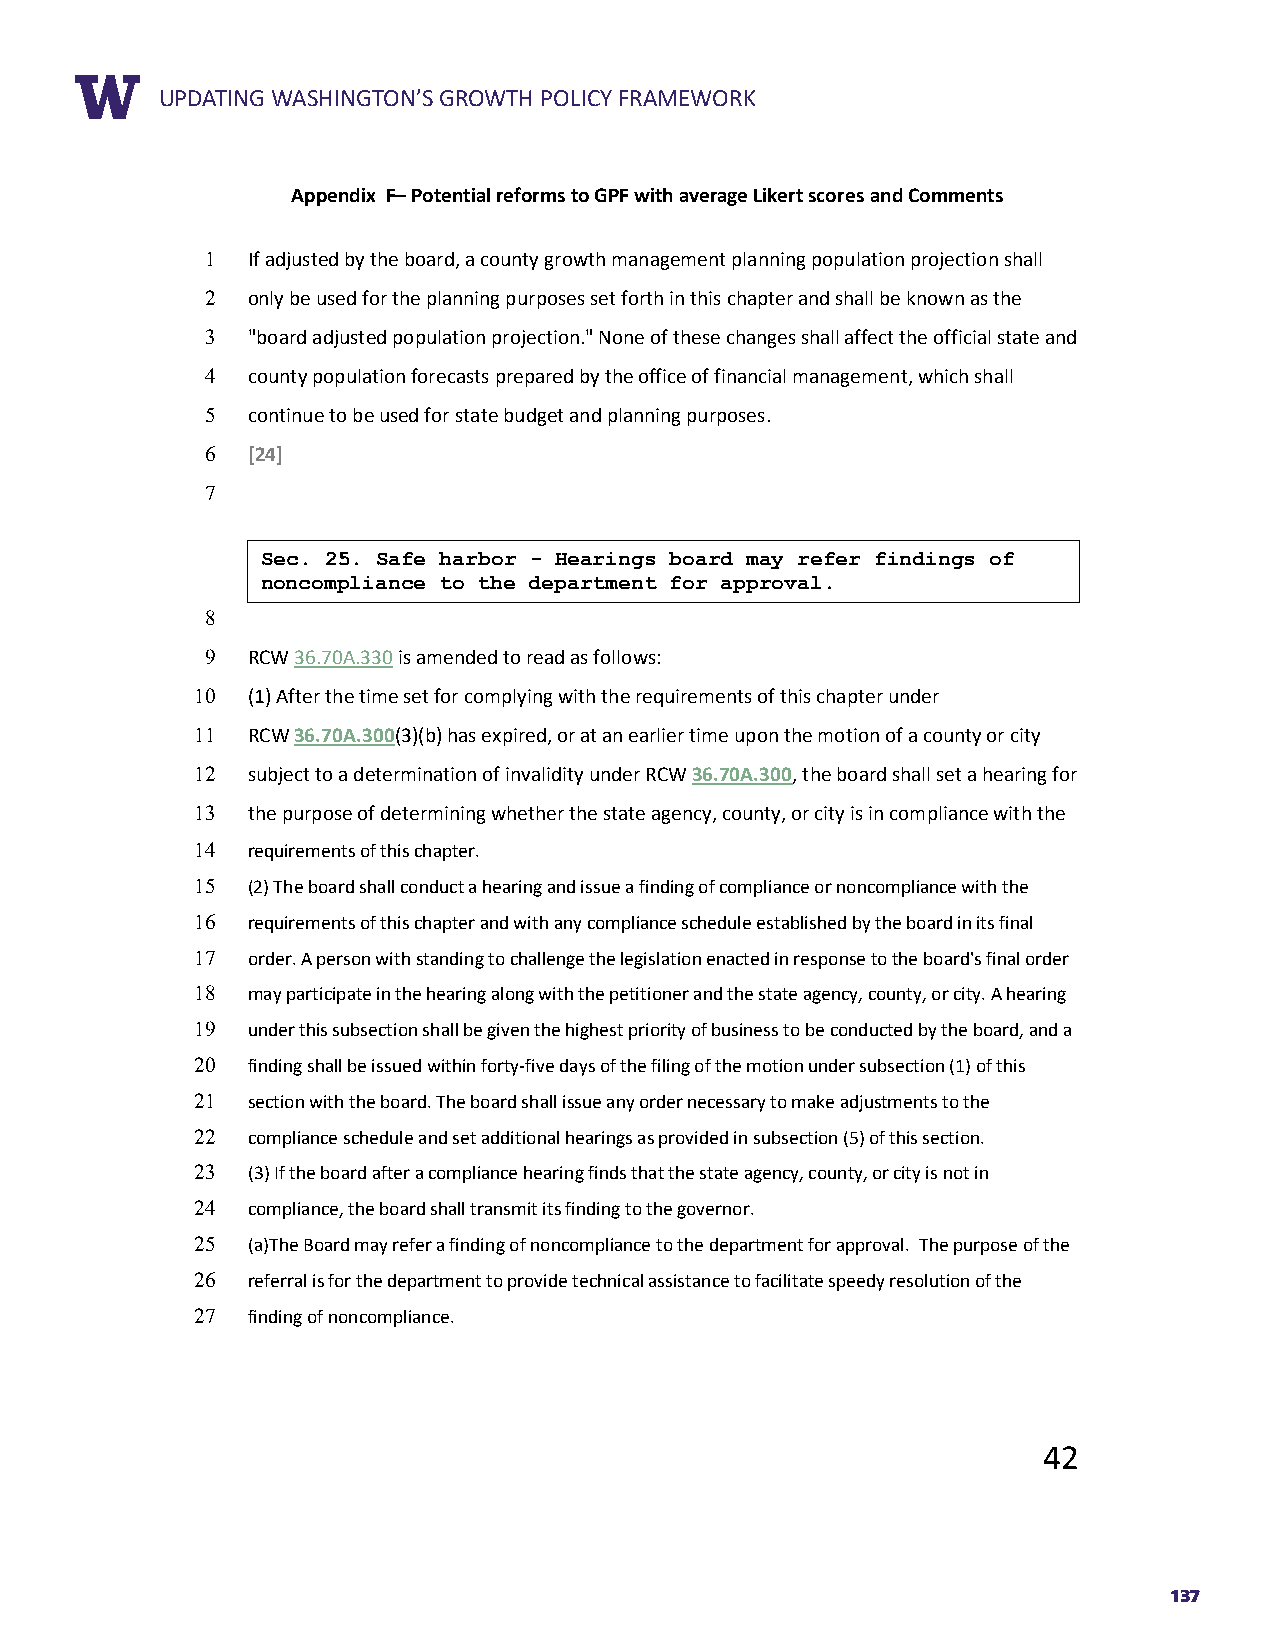
RUEPPDOARTTIN TGIT WLEASHINGTON’S GROWTH POLICY FRAMEWORK
 Appendix F– Potential reforms to GPF with average Likert scores and Comments
 1 If adjusted by the board, a county growth management planning population projection shall
 2 only be used for the planning purposes set forth in this chapter and shall be known as the
 3 "board adjusted population projection." None of these changes shall affect the official state and
 4 county population forecasts prepared by the office of financial management, which shall
 5 continue to be used for state budget and planning purposes.
 6 [24]    AVERAGE LIKERT SCORE
 7
 Sec. 25. Safe harbor - Hearings board may refer findings of
 noncompliance to the department for approval.
 8
 9 RCW 36.70A.330 is amended to read as follows:
 10 (1) After the time set for complying with the requirements of this chapter under
 11 RCW 36.70A.300(3)(b) has expired, or at an earlier time upon the motion of a county or city
 12 subject to a determination of invalidity under RCW 36.70A.300, the board shall set a hearing for
 13 the purpose of determining whether the state agency, county, or city is in compliance with the
 14 requirements of this chapter.
 15 (2) The board shall conduct a hearing and issue a finding of compliance or noncompliance with the
 16 requirements of this chapter and with any compliance schedule established by the board in its final
 17 order. A person with standing to challenge the legislation enacted in response to the board's final order
 18 may participate in the hearing along with the petitioner and the state agency, county, or city. A hearing
 19 under this subsection shall be given the highest priority of business to be conducted by the board, and a
 20 finding shall be issued within forty-five days of the filing of the motion under subsection (1) of this
 21 section with the board. The board shall issue any order necessary to make adjustments to the
 22 compliance schedule and set additional hearings as provided in subsection (5) of this section.
 23 (3) If the board after a compliance hearing finds that the state agency, county, or city is not in
 24 compliance, the board shall transmit its finding to the governor.
 25 (a)The Board may refer a finding of noncompliance to the department for approval. The purpose of the
 26 referral is for the department to provide technical assistance to facilitate speedy resolution of the
 27 finding of noncompliance.
 42
 137